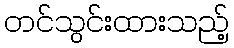
တင်သွင်းထားသည့်